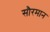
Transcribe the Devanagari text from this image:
सौरमान